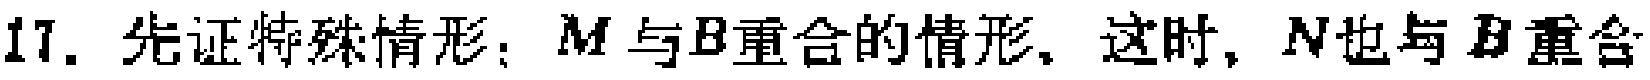
17. 先证特殊情形：$M$与$B$重合的情形, 这时, $N$也与$B$重合